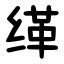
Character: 缂